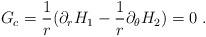
LaTeX: \begin{align*}G_c = \frac{1}{r}(\partial_r H_1 -\frac{1}{r} \partial_\theta H_2) = 0 \ .\end{align*}